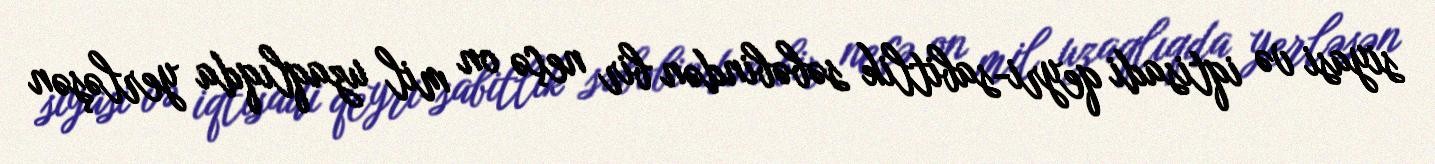
siyasi və iqtisadi qeyri-sabitlik səbəbindən bir neçə on mil uzaqlıqda yerləşən